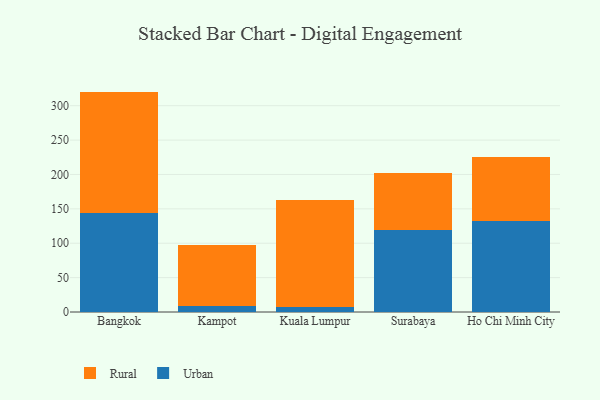
{"axis": {"x": "City", "y": "Net Income (USD K)"}, "legend": ["Rural", "Urban"], "data": [{"x": "Bangkok", "y": 143.8, "type": "Urban"}, {"x": "Bangkok", "y": 176.7, "type": "Rural"}, {"x": "Kampot", "y": 9.2, "type": "Urban"}, {"x": "Kampot", "y": 88.9, "type": "Rural"}, {"x": "Kuala Lumpur", "y": 7.8, "type": "Urban"}, {"x": "Kuala Lumpur", "y": 155.2, "type": "Rural"}, {"x": "Surabaya", "y": 119.5, "type": "Urban"}, {"x": "Surabaya", "y": 82.4, "type": "Rural"}, {"x": "Ho Chi Minh City", "y": 133.0, "type": "Urban"}, {"x": "Ho Chi Minh City", "y": 92.4, "type": "Rural"}]}